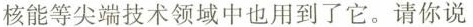
核能等尖端技术领域中也用到了它。请你说